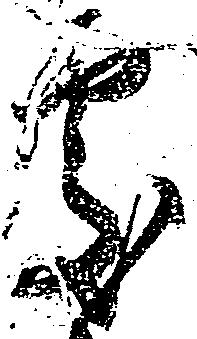
処